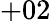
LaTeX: +02